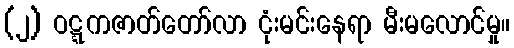
(၂) ဝဋ္ဋကဇာတ်တော်လာ ငုံးမင်းနေရာ မီးမလောင်မှု။